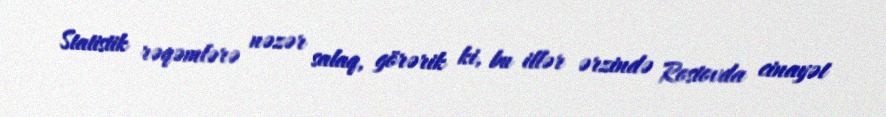
Statistik rəqəmlərə nəzər salaq, görərik ki, bu illər ərzində Rostovda cinayət